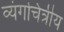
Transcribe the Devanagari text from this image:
व्यंगचित्रीय